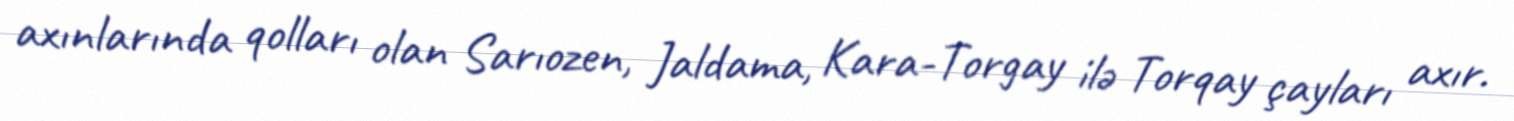
axınlarında qolları olan Sarıozen, Jaldama, Kara-Torgay ilə Torqay çayları axır.